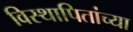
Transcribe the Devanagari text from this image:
विस्थापितांच्या